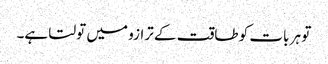
تو ہر بات کو طاقت کے ترازو میں تولتا ہے۔